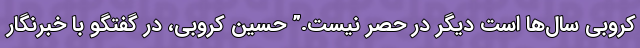
کروبی سال‌ها است دیگر در حصر نیست.” حسین کروبی، در گفتگو با خبرنگار